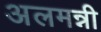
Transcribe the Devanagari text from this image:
अलमन्नी